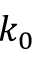
k _ { 0 }